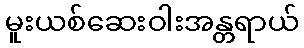
မူးယစ်ဆေးဝါးအန္တရာယ်